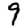
Digit: 9